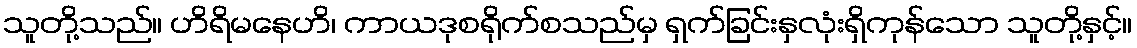
သူတို့သည်။ ဟိရိမနေဟိ၊ ကာယဒုစရိုက်စသည်မှ ရှက်ခြင်းနှလုံးရှိကုန်သော သူတို့နှင့်။